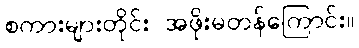
စကားများတိုင်း အဖိုးမတန်ကြောင်း။